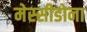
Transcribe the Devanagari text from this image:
मेस्सीडोना